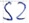
Text: S2